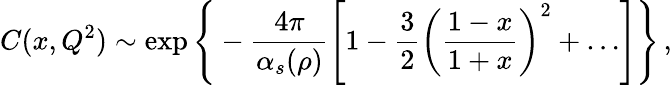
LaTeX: C(x,Q^{2})\sim\exp\Bigg\{ -\frac{4\pi}{\alpha_{s}(\rho)}\left[1-\frac{3}{2}\left(\frac{1-x}{1+x}\right)^{2}+\ldots\right]\Bigg\} \, ,